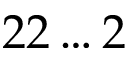
2 2 \ldots 2